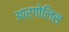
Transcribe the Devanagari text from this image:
आर्गोलिस